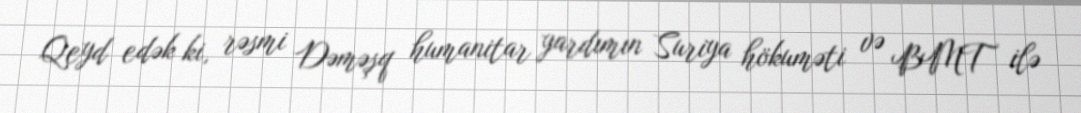
Qeyd edək ki, rəsmi Dəməşq humanitar yardımın Suriya hökuməti və BMT ilə